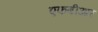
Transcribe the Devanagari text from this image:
एफबीआर